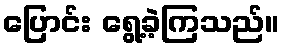
ပြောင်း ရွေ့ခဲ့ကြသည်။